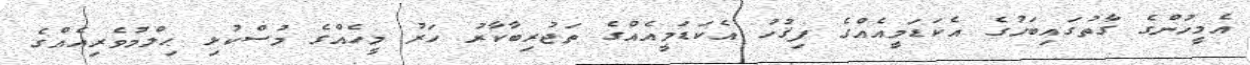
އެމީހުންގެ ގާތުގައިބަހުގެ އެކަޑަމީއެއްގެ ފިޤުހު އެކަޑަމީއެއްގެ ތަޖުރިބާކާރު ހަރު މީހެއްގެ މުސްކުޅި ޙިލްމުވެރިއެއްގެ